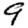
Digit: 9